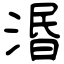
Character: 湣